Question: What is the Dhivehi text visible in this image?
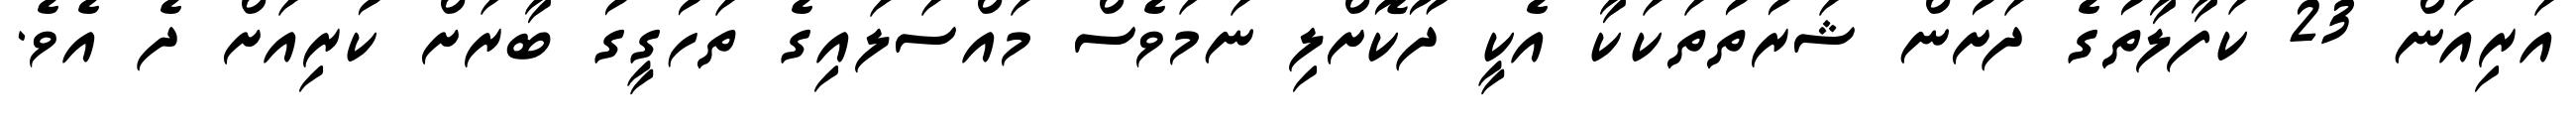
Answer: އަރިއަން 23 ކަފާލާތުގެ ދަށުން ޝަރުތުތަކަކާ އެކީ ދޫކޮށްލި ނަމަވެސް މައްސަލައިގެ ތަހުގީގު ބާރަށް ކުރިއަށް ދެ އެވެ.